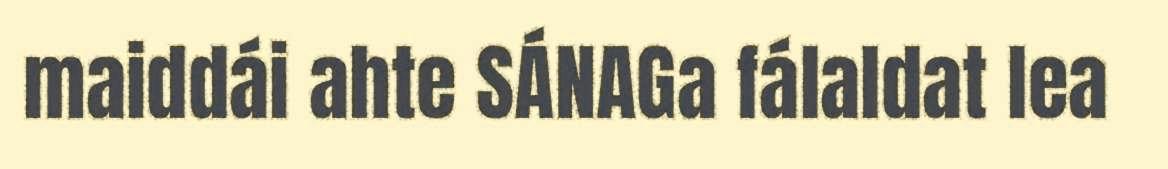
maiddái ahte SÁNAGa fálaldat lea